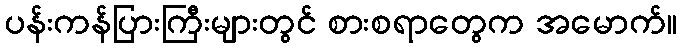
ပန်းကန်ပြားကြီးများတွင် စားစရာတွေက အမောက်။